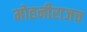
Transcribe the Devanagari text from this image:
मोहनीराजच